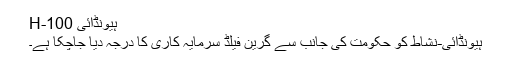
ہیونڈائی H-100
ہیونڈائی-نشاط کو حکومت کی جانب سے گرین فیلڈ سرمایہ کاری کا درجہ دیا جاچکا ہے۔